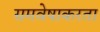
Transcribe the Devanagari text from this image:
समवेषाकरता